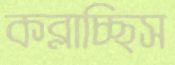
কব্‌লাচ্ছিস